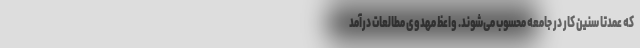
که عمدتا سنین کار در جامعه محسوب می‌شوند. واعظ مهدوی مطالعات درآمد